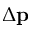
\Delta { \bf p }